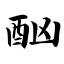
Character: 酗